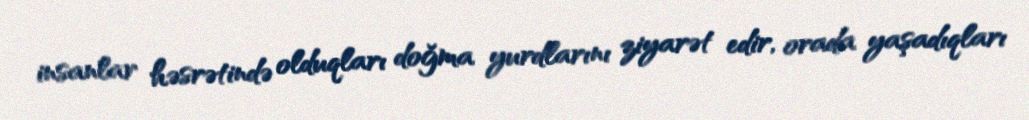
insanlar həsrətində olduqları doğma yurdlarını ziyarət edir, orada yaşadıqları